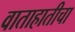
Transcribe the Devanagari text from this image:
वाताहातीचा